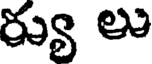
ర్యు లు